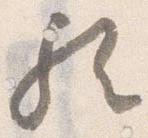
歟